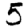
Digit: 5